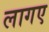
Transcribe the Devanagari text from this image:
लागए